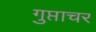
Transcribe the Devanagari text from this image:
गुप्ताचर